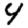
Digit: 4